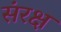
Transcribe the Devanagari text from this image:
संरक्ष